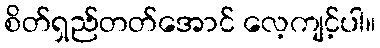
စိတ်ရှည်တတ်အောင် လေ့ကျင့်ပါ။